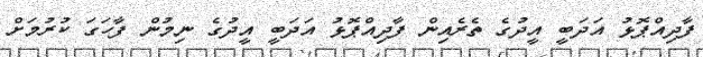
ފާދިއްޕޮޅު އަދަބީ އީދުގެ ތެރެއިން ފާދިއްޕޮޅު އަދަބީ އީދުގެ ނިމުން ފާހަގަ ކުރުމަށް